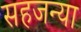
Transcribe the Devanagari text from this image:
सहजन्या